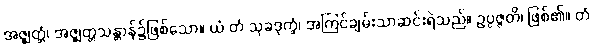
အဇ္ဈတ္တံ၊ အဇ္ဈတ္တသန္တာန်၌ဖြစ်သော။ ယံ တံ သုခဒုက္ခံ၊ အကြင်ချမ်းသာဆင်းရဲသည်။ ဥပ္ပဇ္ဇတိ၊ ဖြစ်၏။ တံ